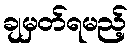
ချမှတ်ရမည့်